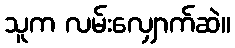
သူက လမ်းလျှောက်ဆဲ။